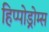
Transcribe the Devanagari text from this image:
हिप्पोड्रोम्स